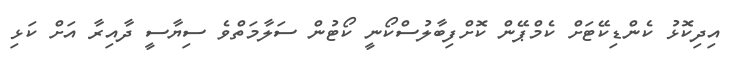
އިދިކޮޅު ކެންޑިކޭޓަށް ކެމްޕޭން ކޮށްފިބާލުސްކޯނީ ކޯޓުން ސަލާމަތްވެ ސިޔާސީ ދާއިރާ އަށް ކަޅި